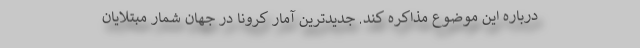
درباره این موضوع مذاکره کند. جدیدترین آمار کرونا در جهان شمار مبتلایان